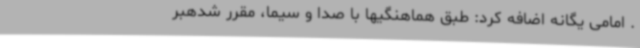
‌. امامی یگانه اضافه کرد: طبق هماهنگیها با صدا و سیما، مقرر شدهبر